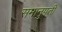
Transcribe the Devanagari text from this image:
समानुपती